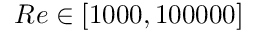
{ R e } \in [ 1 0 0 0 , 1 0 0 0 0 0 ]